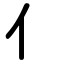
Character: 亻